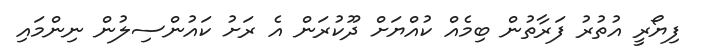
ފިޔޯރީ އުތުރު ފަރާތުން ބިމެއް ކުއްޔަށް ދޫކުރަން އެ ރަށު ކައުންސިލުން ނިންމައި